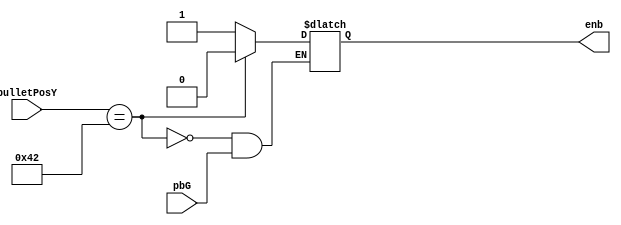
`timescale 1ns / 1ps
//////////////////////////////////////////////////////////////////////////////////
// Company: 
// Engineer: 
// 
// Design Name: 
// Module Name:    fireRateControl 
// Project Name: 
// Target Devices: 
// Tool versions: 
// Description: 
//
// Dependencies: 
//
// Revision: 
// Revision 0.01 - File Created
// Additional Comments: 
//
//////////////////////////////////////////////////////////////////////////////////
module fireRateControl(bulletPosY,
							  pbG,
							  enb
    );

	input [9:0] bulletPosY;
	input pbG;
	output reg enb = 0;
	
	always @(bulletPosY or pbG) begin 
		if(bulletPosY == 66) begin 
			enb <= 0;
		end
		else if (~pbG) begin 
			enb <= 1;
		end
	end

endmodule